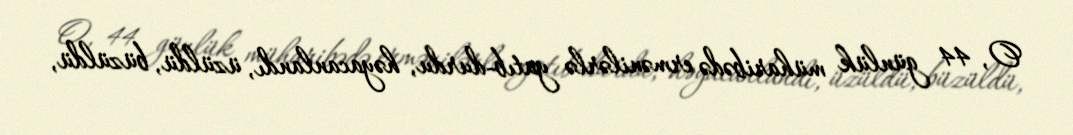
O, 44 günlük müharibədə ermənilərlə yatıb-durdu, həyacanlandı, üzüldü, büzüldü,